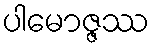
ပါမောဇ္ဇဿ